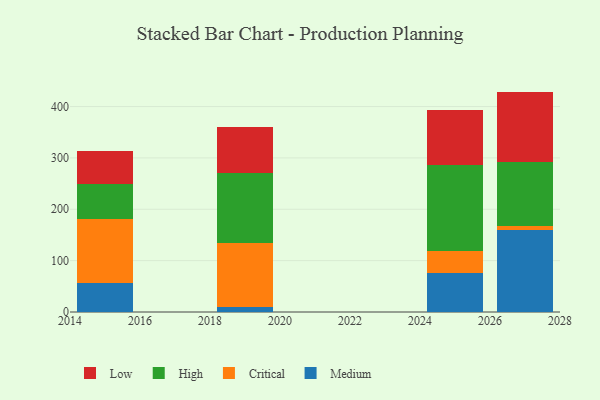
{"axis": {"x": "Year", "y": "Revenue (USD Million)"}, "legend": ["Critical", "High", "Low", "Medium"], "data": [{"x": "2015", "y": 55.6, "type": "Medium"}, {"x": "2015", "y": 124.5, "type": "Critical"}, {"x": "2015", "y": 68.3, "type": "High"}, {"x": "2015", "y": 65.8, "type": "Low"}, {"x": "2025", "y": 75.6, "type": "Medium"}, {"x": "2025", "y": 42.8, "type": "Critical"}, {"x": "2025", "y": 168.0, "type": "High"}, {"x": "2025", "y": 106.2, "type": "Low"}, {"x": "2027", "y": 159.3, "type": "Medium"}, {"x": "2027", "y": 8.2, "type": "Critical"}, {"x": "2027", "y": 124.2, "type": "High"}, {"x": "2027", "y": 137.4, "type": "Low"}, {"x": "2019", "y": 10.2, "type": "Medium"}, {"x": "2019", "y": 124.1, "type": "Critical"}, {"x": "2019", "y": 136.4, "type": "High"}, {"x": "2019", "y": 90.3, "type": "Low"}]}